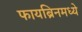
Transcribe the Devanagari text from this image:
फायब्रिनमध्ये